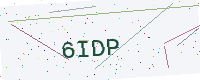
Text: 6IDP